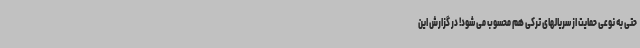
حتی به نوعی حمایت از سریالهای ترکی هم محسوب می شود! در گزارش این